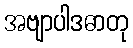
အဗျာပါဒဓာတု